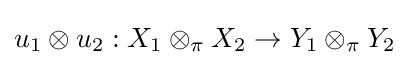
u_{1}\otimes u_{2}:X_{1}\otimes _{\pi }X_{2}\to Y_{1}\otimes _{\pi }Y_{2}